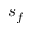
s _ { f }